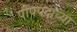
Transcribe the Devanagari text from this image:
पोपपदाच्या